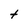
Character: t